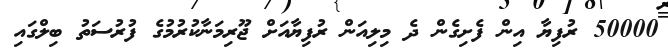
50000 ރުފިޔާ އިން ފެށިގެން ދެ މިލިއަން ރުފިޔާއަށް ޖޫރިމަނާކުރުމުގެ ފުރުސަތު ބިލްގައި